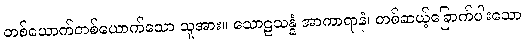
တစ်ယောက်တစ်ယောက်သော သူအား။ သောဠသန္နံ အာကာရာနံ၊ တစ်ဆယ့်ခြောက်ပါးသော